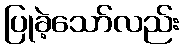
ပြုခဲ့သော်လည်း